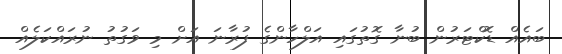
ބައެއް ޑޮކްޓަރުން ބުނާ ގޮތުގައި އަލްހާންގެ ފުރާނަ އަށް މި ވަގުތު ނުރައްކަލެއް